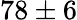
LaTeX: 78\pm 6